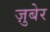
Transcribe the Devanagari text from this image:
ज़ुबेर